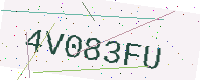
Text: 4V083FU